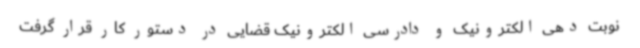
نوبت دهی الکترونیک و دادرسی الکترونیک قضایی در دستور کار قرار گرفت